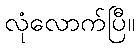
လုံလောက်ပြီ။